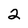
Character: 2